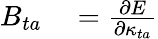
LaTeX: \begin{array}{rl}{B_{ta}}&{{}=\frac{\partial E}{\partial\kappa_{ta}}}\end{array}